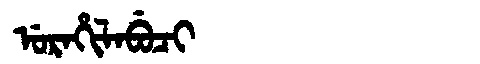
Manchu: ᡠᡵᠠᡥᡳᠯᠠᠪᡠᠴᡳ
Romanization: URAHILABUCI